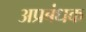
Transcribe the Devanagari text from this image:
अप्रबंधक